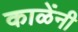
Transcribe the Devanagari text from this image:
काळेंनी